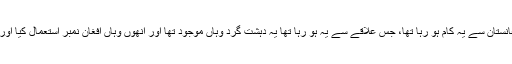
یہ کہا گیا کہ افغانستان سے یہ کام ہو رہا تھا، جس علاقے سے یہ ہو رہا تھا یہ دہشت گرد وہاں موجود تھا اور اُنھوں وہاں افغان نمبر استعمال کیا اور یہاں رابطہ کیا۔